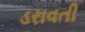
ડરાવતી